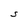
Character: S